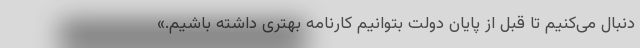
دنبال می‌کنیم تا قبل از پایان دولت بتوانیم کارنامه بهتری داشته باشیم.»